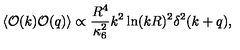
\left< { \cal { O } } ( k ) { \cal { O } } ( q ) \right> \propto \frac { R ^ { 4 } } { \kappa _ { 6 } ^ { 2 } } k ^ { 2 } \ln ( k R ) ^ { 2 } \delta ^ { 2 } ( k + q ) ,